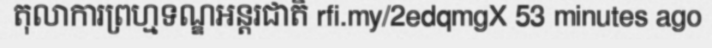
តុលាការព្រហ្មទណ្ឌអន្តរជាតិ rfi.my/2edqmgX 53 minutes ago